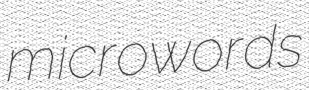
microwords